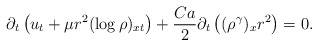
\begin{align*}\partial_t\left(u_t+\mu r^2(\log\rho)_{xt}\right)+\frac{Ca}{2}\partial_t\left((\rho^\gamma)_xr^2\right)=0.\end{align*}